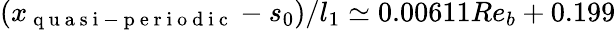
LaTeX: (x_{\mathrm{~q~u~a~s~i~-~p~e~r~i~o~d~i~c~}}-s_{0})/l_{1}\simeq 0.00611Re_{b}+0.199